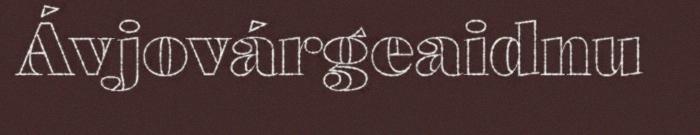
Ávjovárgeaidnu